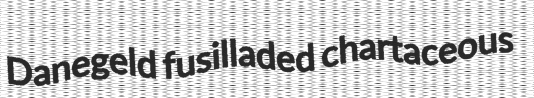
Danegeld fusilladed chartaceous